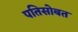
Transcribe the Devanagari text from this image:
पतिसोबत